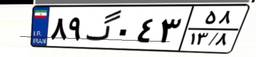
۷۶گ۷۲۰۳۷